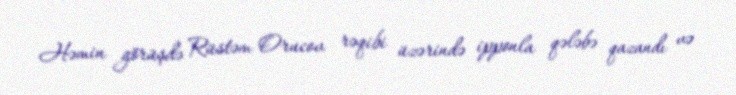
Həmin görüşdə Rüstəm Orucov rəqibi üzərində ipponla qələbə qazandı və